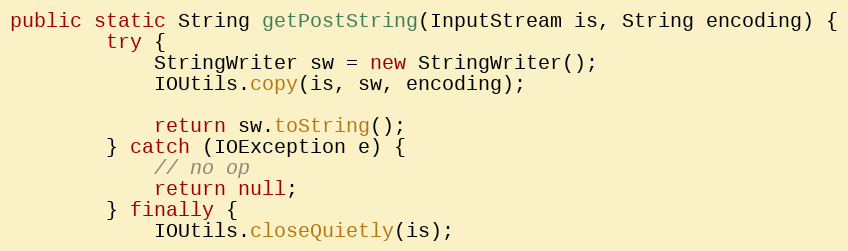
Language: Java
public static String getPostString(InputStream is, String encoding) {
        try {
            StringWriter sw = new StringWriter();
            IOUtils.copy(is, sw, encoding);

            return sw.toString();
        } catch (IOException e) {
            // no op
            return null;
        } finally {
            IOUtils.closeQuietly(is);